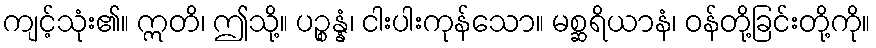
ကျင့်သုံး၏။ ဣတိ၊ ဤသို့။ ပဉ္စန္နံ၊ ငါးပါးကုန်သော။ မစ္ဆရိယာနံ၊ ဝန်တို့ခြင်းတို့ကို။